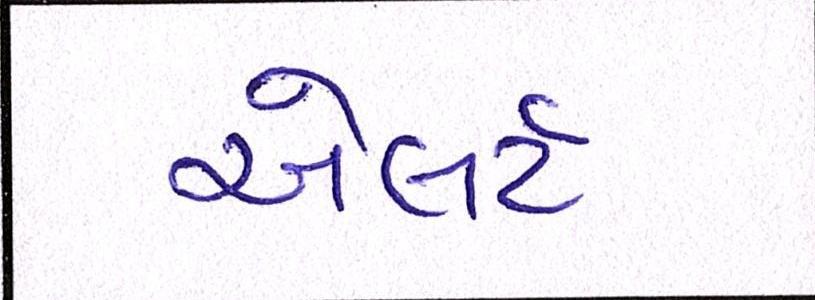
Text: એલર્ટ